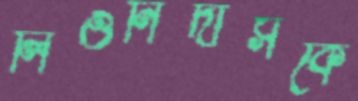
লিওনিদাসকে